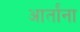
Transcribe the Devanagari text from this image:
आर्तांना